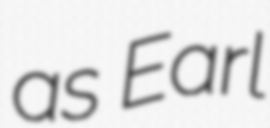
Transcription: as Earl